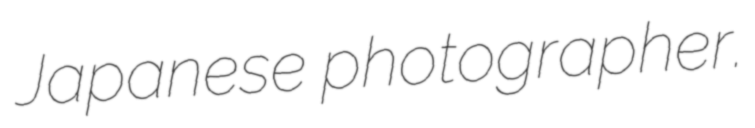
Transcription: Japanese photographer.